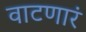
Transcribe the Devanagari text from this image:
वाटणारं